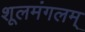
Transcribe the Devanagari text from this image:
शूलमंगलम्‌